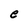
Character: e